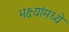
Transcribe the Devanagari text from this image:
भक्ष्यांमध्ये